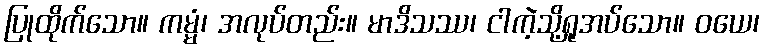
ပြုထိုက်သော။ ကမ္မံ၊ အလုပ်တည်း။ မာဒိသဿ၊ ငါကဲ့သို့ရှုအပ်သော။ ဝယေ၊